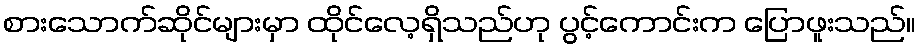
စားသောက်ဆိုင်များမှာ ထိုင်လေ့ရှိသည်ဟု ပွင့်ကောင်းက ပြောဖူးသည်။